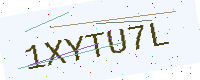
Text: 1XYTU7L